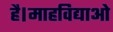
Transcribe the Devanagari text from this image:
है।माहविद्याओ